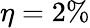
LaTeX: \eta=2\%